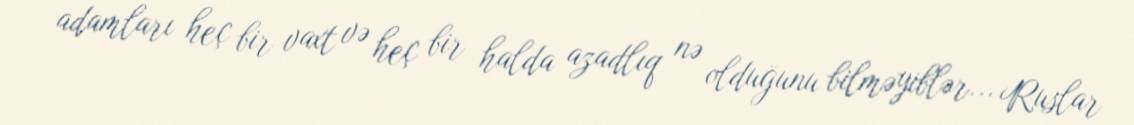
adamları heç bir vaxt və heç bir halda azadlıq nə olduğunu bilməyiblər... Ruslar